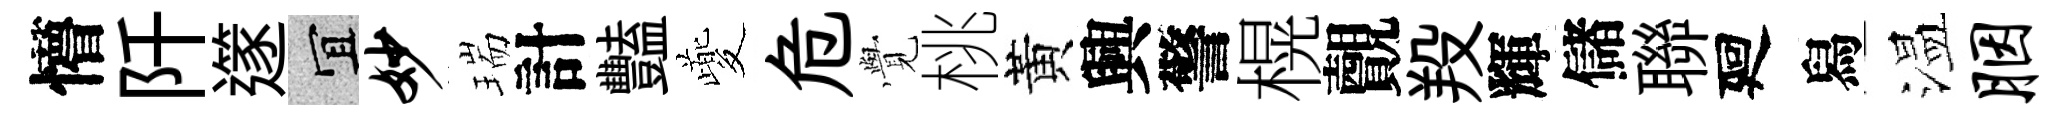
懵阡𨗹宜妙瑞計豔夔危𮗜桃黃興警榥覿羖輝儲聯廻舄温胭